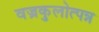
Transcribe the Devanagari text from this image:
वज्रकुलोत्पन्न